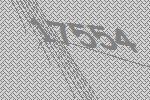
17554